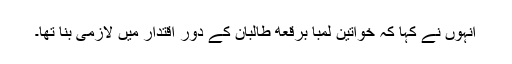
انہوں نے کہا کہ خواتین لمبا برقعه طالبان کے دور اقتدار میں لازمی بنا تھا۔